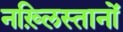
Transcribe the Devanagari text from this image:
नख़्लिस्तानों